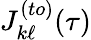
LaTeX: J_{k\ell}^{(to)}(\tau)